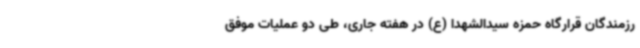
رزمندگان قرارگاه حمزه سیدالشهدا (ع) در هفته جاری، طی دو عملیات موفق